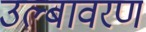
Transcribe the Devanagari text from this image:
उल्बावरण